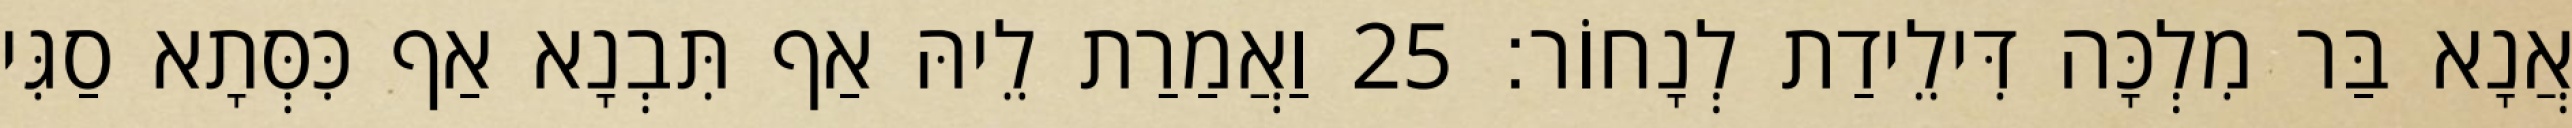
אֲנָא בַּר מִלְכָּה דִּילֵידַת לְנָחוֹר׃ 25 וַאֲמַרַת לֵיהּ אַף תִּבְנָא אַף כִּסְּתָא סַגִּי